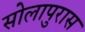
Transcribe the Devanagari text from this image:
सोलापुरास